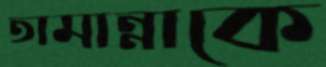
তামান্নাকে